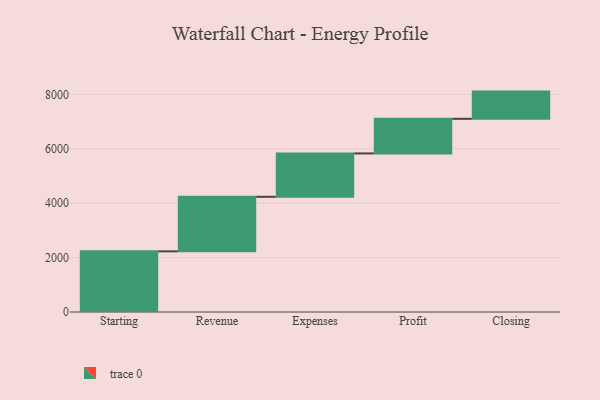
{"axis": {"x": "Step", "y": "Value"}, "legend": [""], "data": [{"x": "Starting", "y": 2229.0, "type": ""}, {"x": "Revenue", "y": 2006.0, "type": ""}, {"x": "Expenses", "y": 1594.0, "type": ""}, {"x": "Profit", "y": 1273.0, "type": ""}, {"x": "Closing", "y": 1000, "type": ""}]}